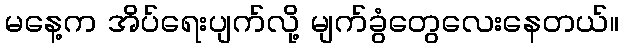
မနေ့က အိပ်ရေးပျက်လို့ မျက်ခွံတွေလေးနေတယ်။